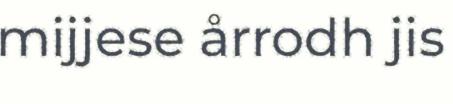
mijjese årrodh jis